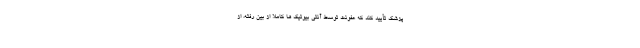
پزشک تأیید کند که عفونت توسط آنتی بیوتیک ها کاملاً از بین رفته، از